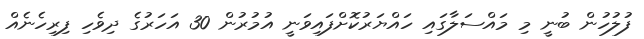
ފުލުހުން ބުނީ މި މައްސަލާގައި ހައްޔަރުކޮށްފައިވަނީ އުމުރުން 30 އަހަރުގެ ދިވެހި ފިރިހެނެއް